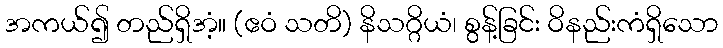
အကယ်၍ တည်ရှိအံ့။ (ဧဝံ သတိ) နိသဂ္ဂိယံ၊ စွန့်ခြင်း ဝိနည်းကံရှိသော